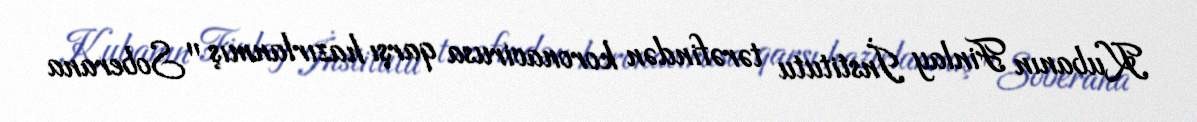
Kubanın Finlay İnstitutu tərəfindən koronavirusa qarşı hazırlanmış "Soberana